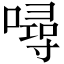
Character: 噚